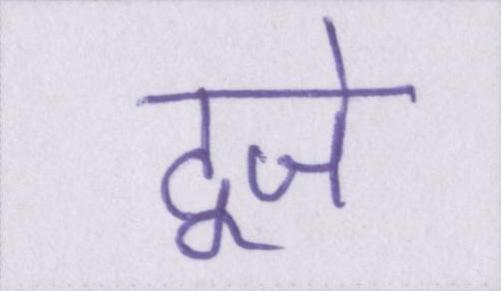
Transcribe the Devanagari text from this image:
दूजे